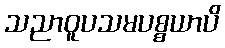
သညာဝူပသမပစ္စယာပိ